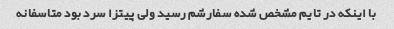
با اینکه در تایم مشخص شده سفارشم رسید ولی پیتزا سرد بود متاسفانه